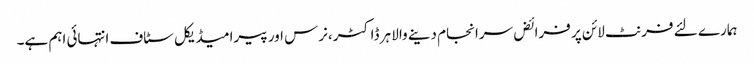
ہمارے لئے فرنٹ لائن پر فرائض سرانجام دینے والا ہر ڈاکٹر،نرس اور پیرامیڈیکل سٹاف انتہائی اہم ہے۔